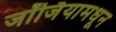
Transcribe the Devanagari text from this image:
जॉर्जियामधून